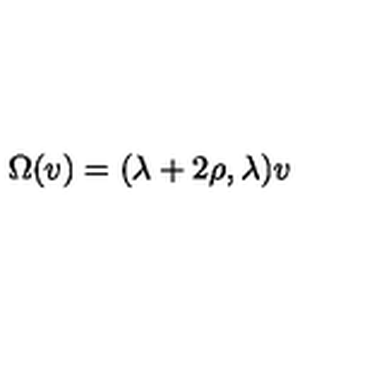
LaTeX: \Omega ( v ) = ( \lambda + 2 \rho , \lambda ) v